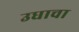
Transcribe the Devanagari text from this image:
उधाचा